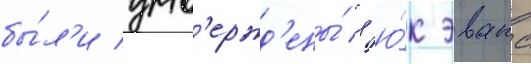
бы́л'и утв'ержд'ены́ л'ю́к эванс